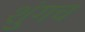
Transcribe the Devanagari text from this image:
शुंगच